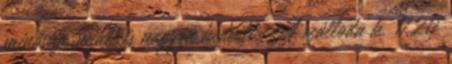
minősége miatt is nagyon kedvelt. A szálloda k. 17217